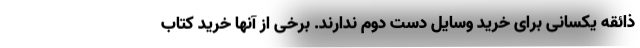
ذائقه یکسانی برای خرید وسایل دست دوم ندارند. برخی از آنها خرید کتاب